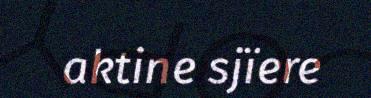
aktine sjïere